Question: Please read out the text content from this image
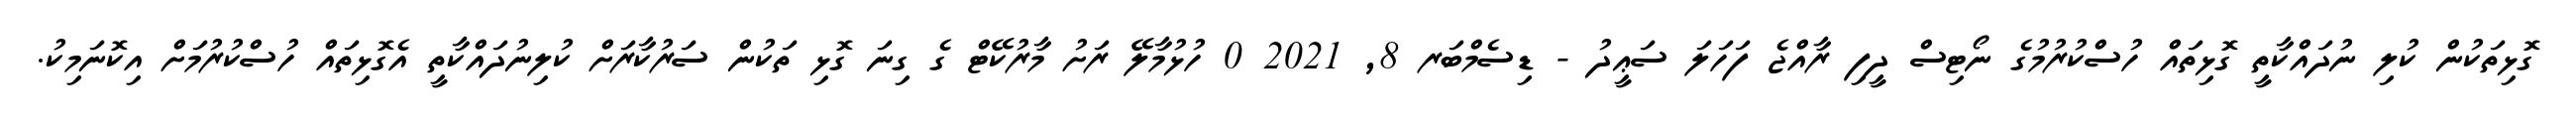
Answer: ގޮޅިތަކުން ކުލި ނުދައްކާތީ ގޮޅިތައް ހުސްކުރުމުގެ ނޯޓިސް ދީފި ރާއްޖެ ފަހަލަ ސަޢީދު - ޑިސެމްބަރ 8, 2021 0 ހުޅުމާލޭ ރަށު މާރުކޭޓް ގެ ގިނަ ގޮޅި ތަކުން ސަރުކާރަށް ކުލިނުދައްކާތީ އެގޮޅިތައް ހުސްކުރުމަށް އިކޮނަމިކު.